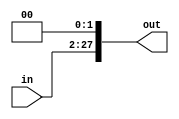
`timescale 1ns / 1ps
//////////////////////////////////////////////////////////////////////////////////
// Company: 
// Engineer: 
// 
// Design Name: 
// Module Name: shifter_1
// Project Name: 
// Target Devices: 
// Tool Versions: 
// Description: 
// 
// Dependencies: 
// 
// Revision:
// Revision 0.01 - File Created
// Additional Comments:
// 
//////////////////////////////////////////////////////////////////////////////////


module shifter_1(out, in);
    parameter in_size = 26;
    parameter by = 2;
    
    input [in_size - 1:0] in;
    output [in_size - 1 + by:0] out;
    
    assign out[in_size - 1+by:by] = in;
    assign out[by - 1:0] = 0;
endmodule